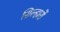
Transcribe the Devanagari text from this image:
सिल्हारों